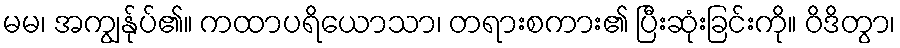
မမ၊ အကျွန်ုပ်၏။ ကထာပရိယောသာ၊ တရားစကား၏ ပြီးဆုံးခြင်းကို။ ဝိဒိတွာ၊